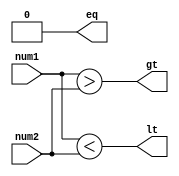
module comparator(
    input [31:0] num1,
    input [31:0] num2,
    output eq,
    output gt,
    output lt
);

wire [31:0] equal;
wire [31:0] greater;
wire [31:0] less;

assign equal = num1 == num2;
assign greater = num1 > num2;
assign less = num1 < num2;

assign eq = &equal;
assign gt = |greater;
assign lt = |less;

endmodule